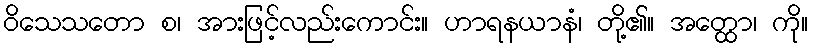
ဝိသေသတော စ၊ အားဖြင့်လည်းကောင်း။ ဟာရနယာနံ၊ တို့၏။ အတ္ထော၊ ကို။